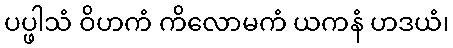
ပပ္ဖါသံ ဝိဟကံ ကိလောမကံ ယကနံ ဟဒယံ၊